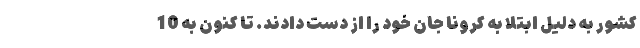
کشور به دلیل ابتلا به کرونا جان خود را از دست دادند. تا کنون به 10